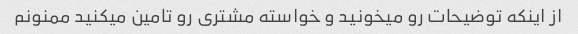
از اینکه توضیحات رو میخونید و خواسته مشتری رو تامین میکنید ممنونم